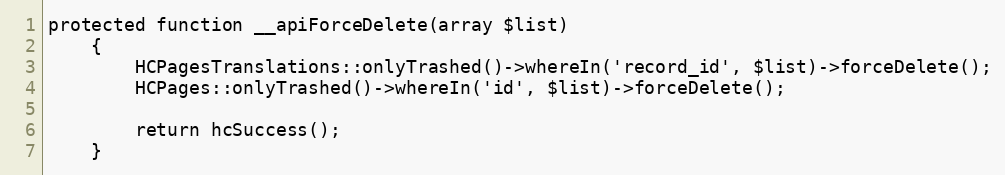
Language: PHP
protected function __apiForceDelete(array $list)
    {
        HCPagesTranslations::onlyTrashed()->whereIn('record_id', $list)->forceDelete();
        HCPages::onlyTrashed()->whereIn('id', $list)->forceDelete();

        return hcSuccess();
    }